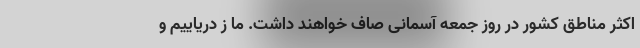
اکثر مناطق کشور در روز جمعه آسمانی صاف خواهند داشت. ما ز دریاییم و